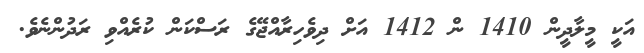
އަކީ މީލާދީން 1410 ން 1412 އަށް ދިވެހިރާއްޖޭގެ ރަސްކަން ކުރެއްވި ރަދުންނެވެ.